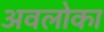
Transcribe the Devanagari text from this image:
अवलोका